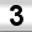
Digit: 3